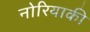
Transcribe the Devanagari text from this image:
नोरियाकी